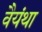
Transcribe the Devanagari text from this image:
वैयंथा